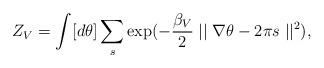
LaTeX: \begin{align*}Z_V = \int [d\theta ] \sum_{ s }\exp(-\frac{{\beta}_V}{2}\mid\mid \nabla \theta -2\pi s\mid\mid^2),\end{align*}